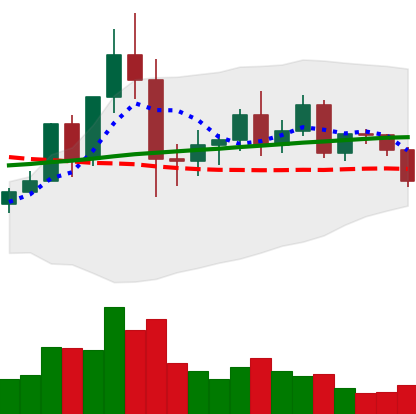
Ticker: NEO-USD
Chart end date: 2020-12-08
Forward return: 4.951%
Label: up_3_5